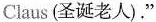
Claus (圣诞老人)."